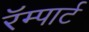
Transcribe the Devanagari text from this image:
रॅम्पार्ट